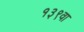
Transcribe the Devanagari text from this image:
१३९वा